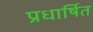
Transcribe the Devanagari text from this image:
प्रधार्षित